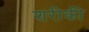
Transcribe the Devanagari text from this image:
शरीकी